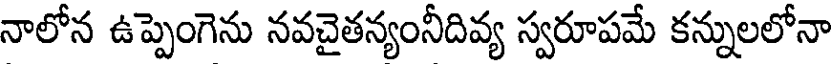
నాలోన ఉప్పెంగెను నవచైతన్యంనీదివ్య స్వరూపమే కన్నులలోనా